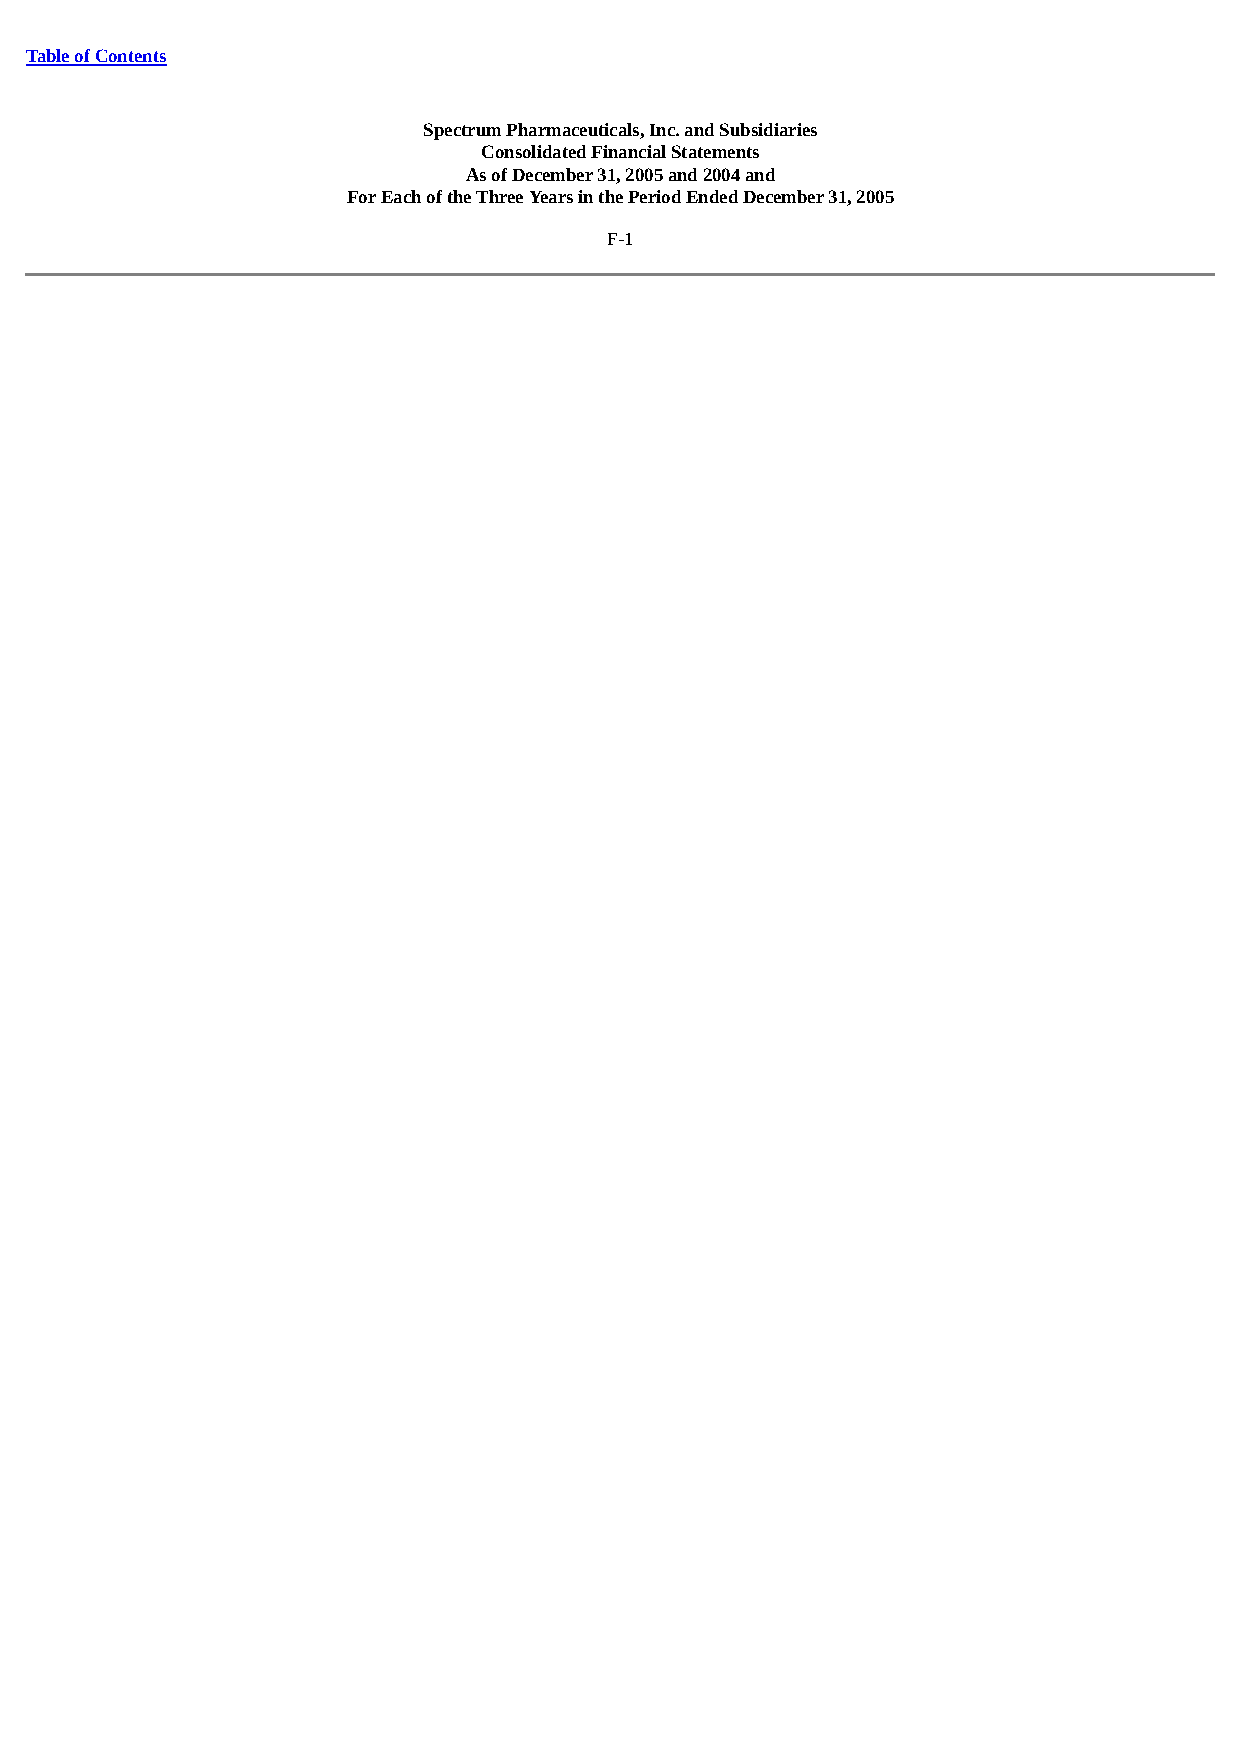
Table of Contents
 Spectrum Pharmaceuticals, Inc. and Subsidiaries
 Consolidated Financial Statements
 As of December 31, 2005 and 2004 and
 For Each of the Three Years in the Period Ended December 31, 2005
 F-1